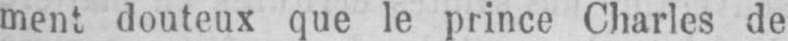
ment douteux que le prince Charles de